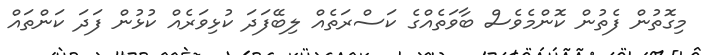
މިގޮތުން ފެތުން ކޮންމެވެސް ބާވަތެއްގެ ކަސްރަތެއް ލިބޭފަދަ ކުޅިވަރެއް ކުޅުން ފަދަ ކަންތައް